Indian journal of veterinary science and animal husbandry - Volume 11,
Year: 1941
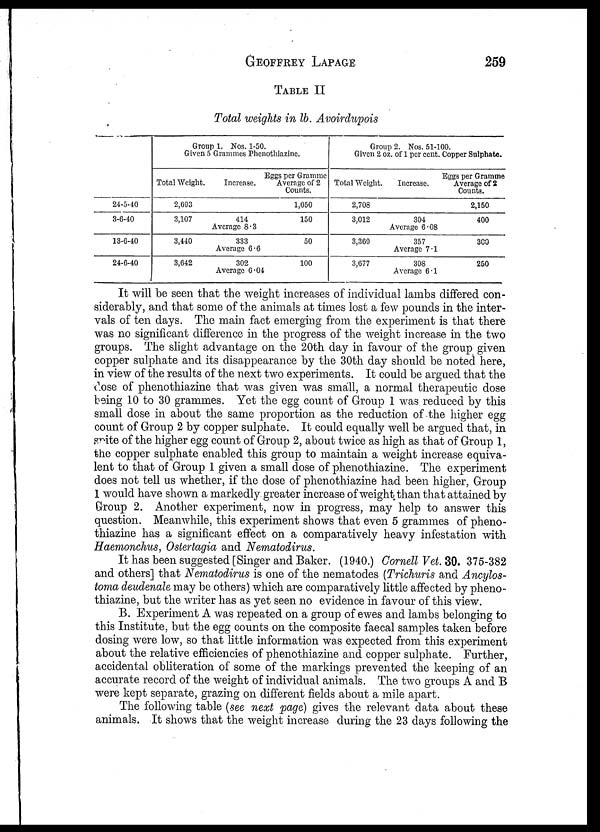
GEOFFREY
LAPAGE
259
TABLE II
Total weights in lb. Avoirdupois
24-5-40
3-6-40
13-6-40
24-6-40
Group 1. Nos. 1-50.
Given 5 Grammes Phenothiazine.
Total Weight.
2,693
3,107
3,440
3,642
Increase.
414
Average 8 .3
333
Average 6.6
302
Average 6.04
Eggs per Gramme
Average of 2
Counts.
1,050
150
50
100
Group 2. Nos. 51-100.
Given 2 oz. of 1 per cent. Copper Sulphate.
Total Weight.
2,708
3,012
3,369
3,677
Increase.
304
Average 6.08
357
Average 7.1
308
Average 6.1
Eggs per Gramme
Average of 2
Counts.
2,150
400
3C0
250
It will be seen that the weight increases of individual lambs differed con-
siderably, and that some of the animals at times lost a few pounds in the inter-
vals of ten days. The main fact emerging from the experiment is that there
was no significant difference in the progress of the weight increase in the two
groups. The slight advantage on the 20th day in favour of the group given
copper sulphate and its disappearance by the 30th day should be noted here,
in view of the results of the next two experiments. It could be argued that the
dose of phenothiazine that was given was small, a normal therapeutic dose
being 10 to 30 grammes. Yet the egg count of Group 1 was reduced by this
small dose in about the same proportion as the reduction of the higher egg
count of Group 2 by copper sulphate. It could equally well be argued that, in
spite of the higher egg count of Group 2, about twice as high as that of Group 1,
the copper sulphate enabled this group to maintain a weight increase equiva-
lent to that of Group 1 given a small dose of phenothiazine. The experiment
does not tell us whether, if the dose of phenothiazine had been higher, Group
1 would have shown a markedly greater increase of weight than that attained by
Group 2. Another experiment, now in progress, may help to answer this
question. Meanwhile, this experiment shows that even 5 grammes of pheno-
thiazine has a significant effect on a comparatively heavy infestation with
Haemonchus, Ostertagia and Nematodirus.
It has been suggested [Singer and Baker. (1940.) Cornell Vet. 30. 375-382
and others] that Nematodirus is one of the nematodes (Trichuris and Ancylos-
toma deudenale may be others) which are comparatively little affected by pheno-
thiazine, but the writer has as yet seen no evidence in favour of this view.
B. Experiment A was repeated on a group of ewes and lambs belonging to
this Institute, but the egg counts on the composite faecal samples taken before
dosing were low, so that little information was expected from this experiment
about the relative efficiencies of phenothiazine and copper sulphate. Further,
accidental obliteration of some of the markings prevented the keeping of an
accurate record of the weight of individual animals. The two groups A and B
were kept separate, grazing on different fields about a mile apart.
The following table (see next page) gives the relevant data about these
animals. It shows that the weight increase during the 23 days following the